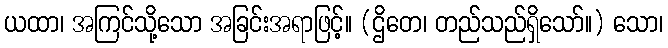
ယထာ၊ အကြင်သို့သော အခြင်းအရာဖြင့်။ (ဌိတေ၊ တည်သည်ရှိသော်။) သော၊